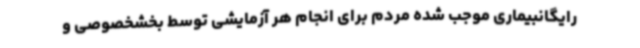
رایگانبیماری موجب شده مردم برای انجام هر آزمایشی توسط بخشخصوصی و